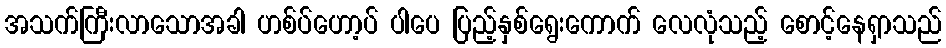
အသက်ကြီးလာသောအခါ ဟစ်ပ်ဟော့ပ် ပါပေ ပြည့်နှစ်ရွေးကောက် လေလုံသည့် စောင့်နေရှာသည်